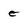
Character: e